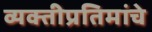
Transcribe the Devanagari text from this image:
व्यक्तीप्रतिमांचे